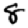
Digit: 8